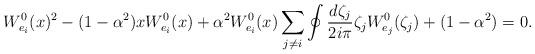
LaTeX: \begin{align*} W^0_{e_i}(x)^2-(1-\alpha^2)xW^0_{e_i}(x)+\alpha^2 W_{e_i}^0(x)\sum_{j\neq i}\oint\frac{d\zeta_j}{2i\pi}\zeta_jW_{e_j}^0(\zeta_j)+(1-\alpha^2)=0.\end{align*}